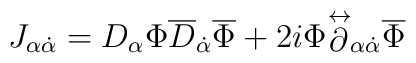
J_{\alpha\dot{\alpha}}= D_{\alpha}\Phi\overline{D}_{\dot{\alpha}}\overline{\Phi}+2i\Phi{\stackrel{\leftrightarrow}{\partial}}_{\alpha\dot{\alpha}}\overline{\Phi}